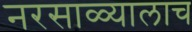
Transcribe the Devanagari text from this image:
नरसाळ्यालाच